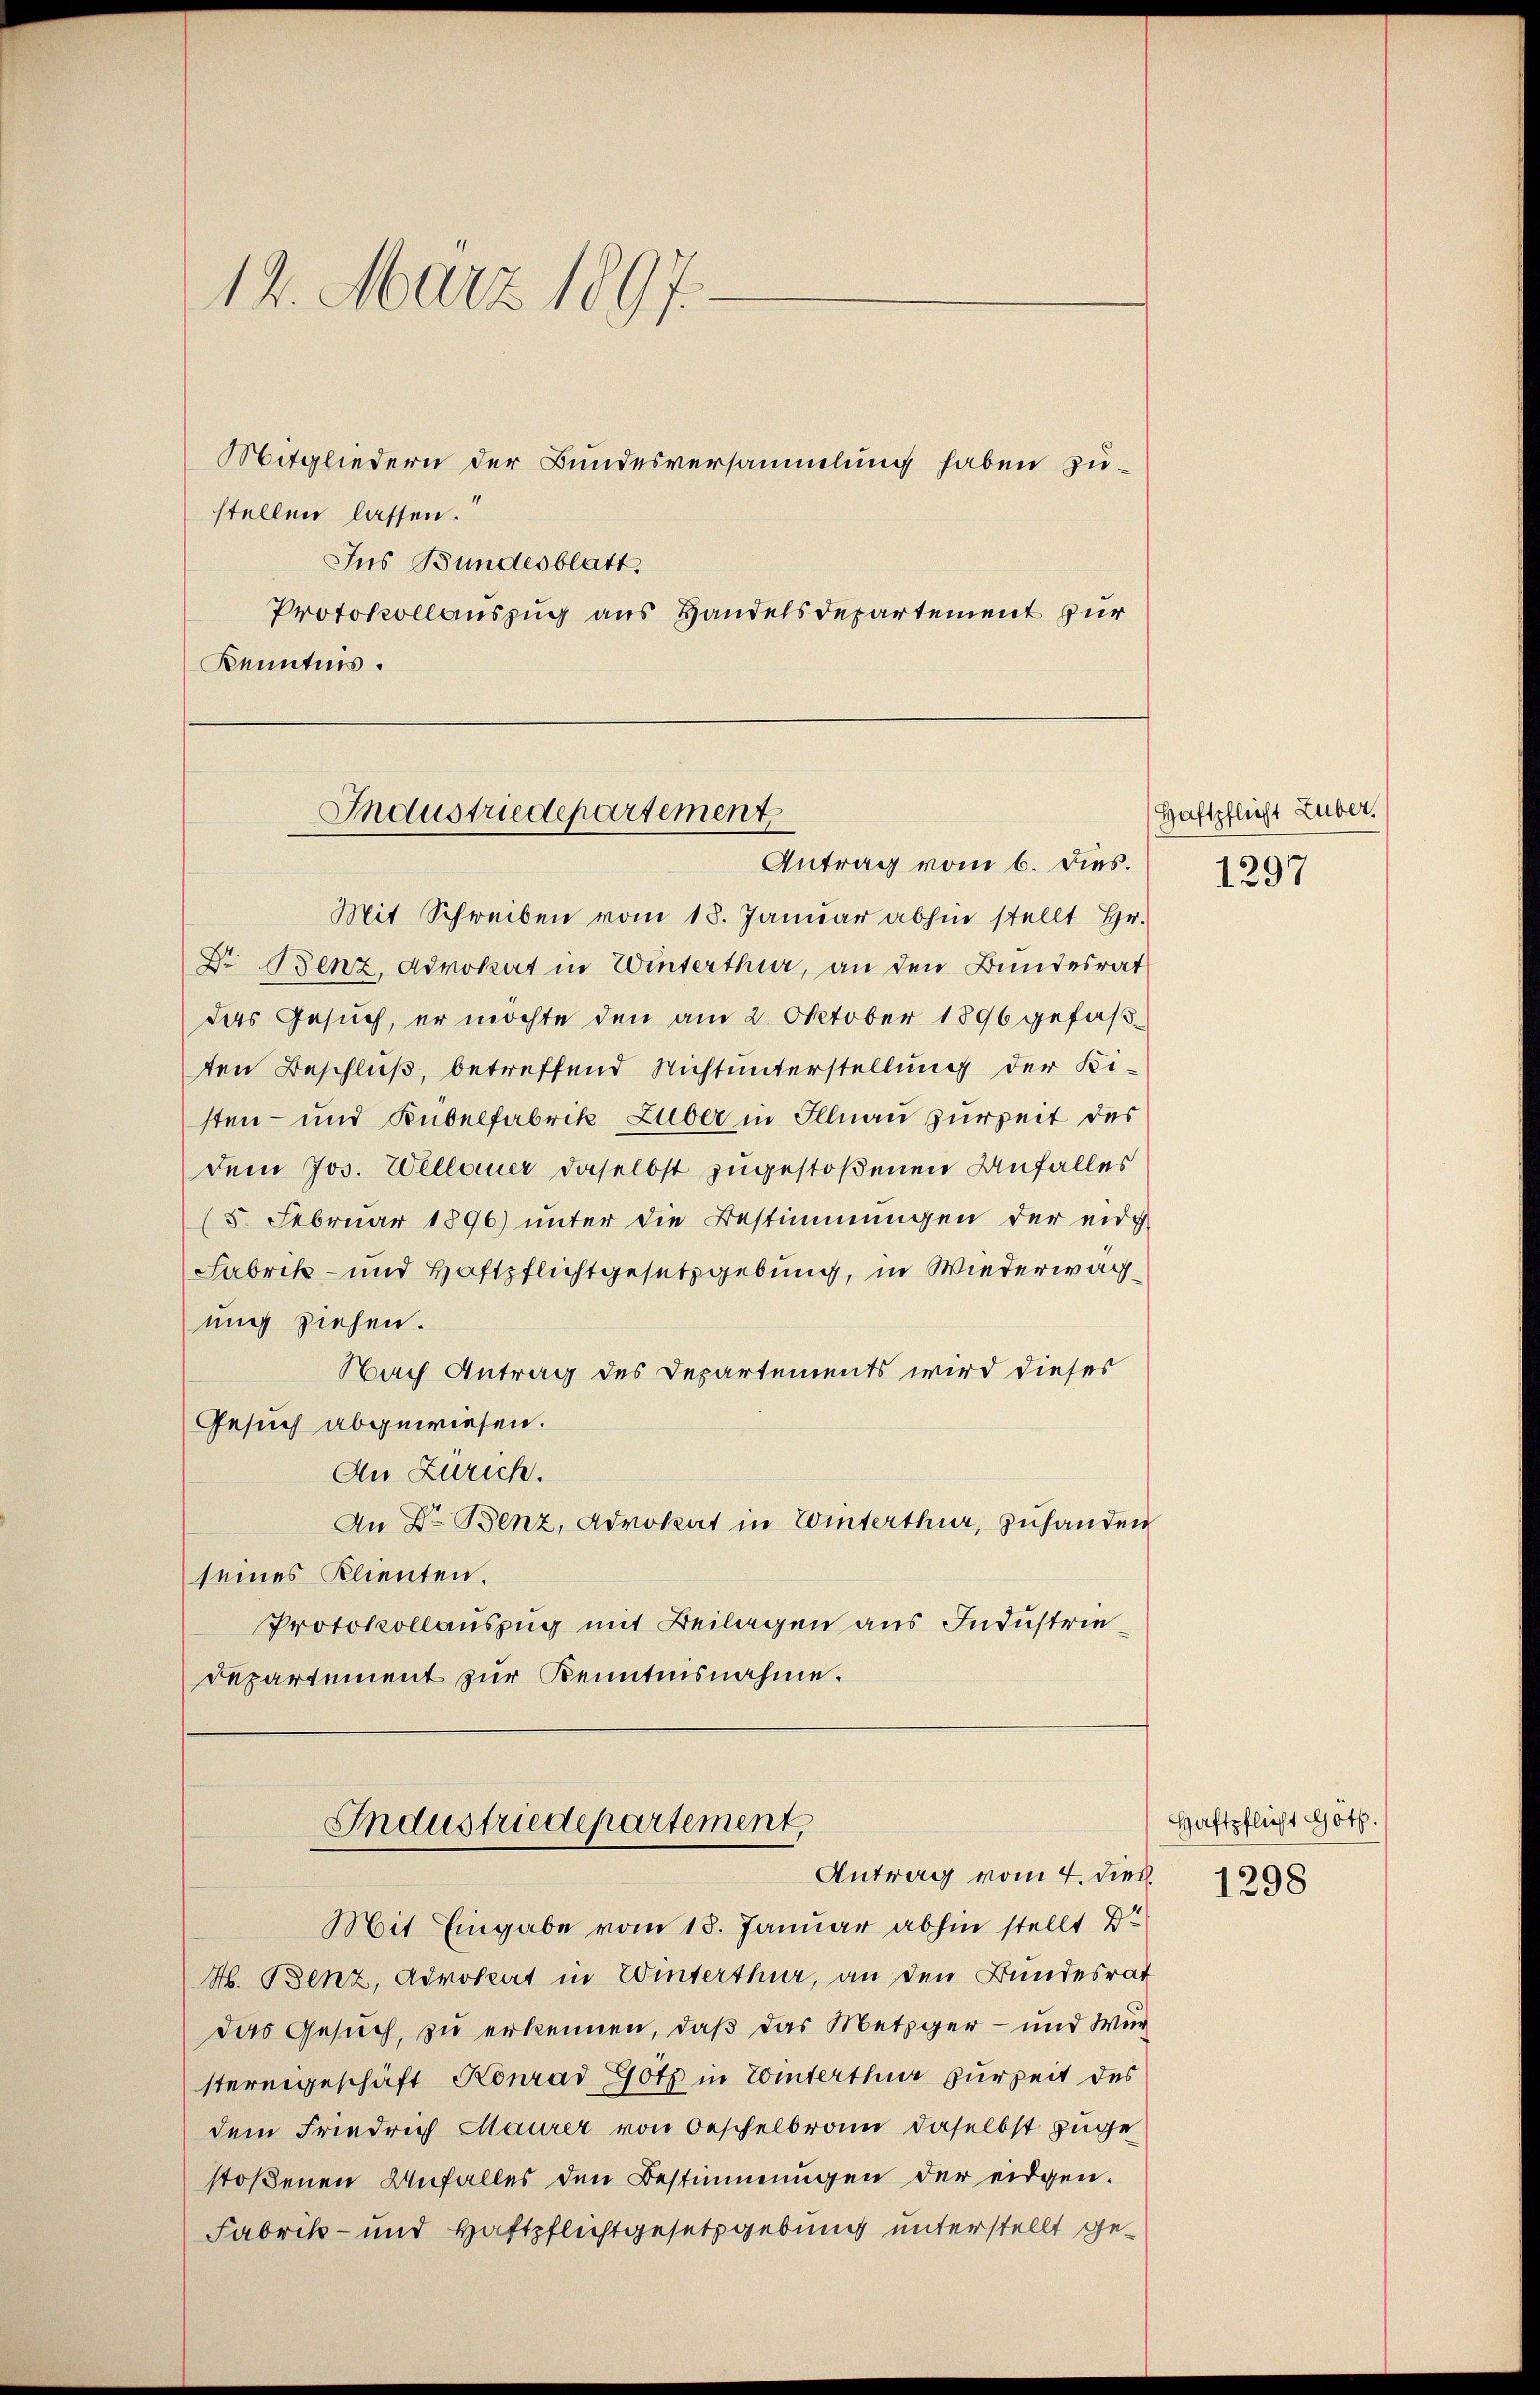
12. März 1897.
Mitgliedern der Bundesversammlung haben zustellen lassen.
Ins Bundesblatt.

Protokollauszug aus Handelsdepartement für
Kenntnis.

Industriedepartement
Antrag vom 6. Dies.

Mit Schreiben vom 18. Januar abhin stellt Hr.
Dr Benz, Advokat in Winterthur, an den Bundesrat
das Gesuch, er möchte den am 2. Oktober 1896 gefaßten Beschluß, betreffend Nichtunterstellung der Ki-
sten- und Kübelfabrik Luber in Illnau zur Zeit des
dem Jos. Wellauer daselbst zugestoßenen Anfalles
(5. Februar 1896) unter die Bestimmungen der eidg
Fabrik- und Haftpflichtgesetzgebung, in Wiederwachung ziehen.
Nach Antrag des Departements wird dieses
Gesuch abgewiesen.
An Zürich.
An Dr. Benz, Advokat in Winterthur, zuhanden
seines Klienten.
Protokollauszug mit Beilagen aus Industrie¬
Departement zur Kenntnisnahme.

Industriedepartement,
Antrag vom 4. dies

Mit Eingabe vom 18. Januar abhin stellt Dr
H. Benz, Advokat in Winterthur, an den Bundesrat
das Gesuch, zu erkennen, daß das Metzger- und Würstereigeschäft Konrad Götz in Winterthur zur Zeit des
dem Friedrich Maurer von Oeschelbrann daselbst zuge
stoßenen Unfalles den Bestimmungen der eidgen.
Fabrik- und Haftpflichtgesetzgebung unterstellt ge¬

Haftpflicht Luber.
1297

Haftpflicht Gott.
1298